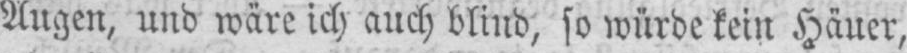
Augen, und wäre ich auch blind, so würde kein Häuer,